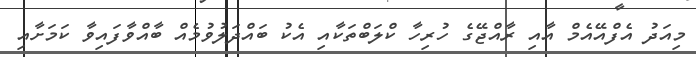
މިއަދު އެފްއޭއެމް އާއި ރާއްޖޭގެ ހުރިހާ ކްލަބްތަކާއި އެކު ބައްދަލުވުމެއް ބާއްވާފައިވާ ކަމަށާއި